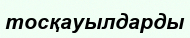
тосқауылдарды